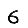
Digit: 6